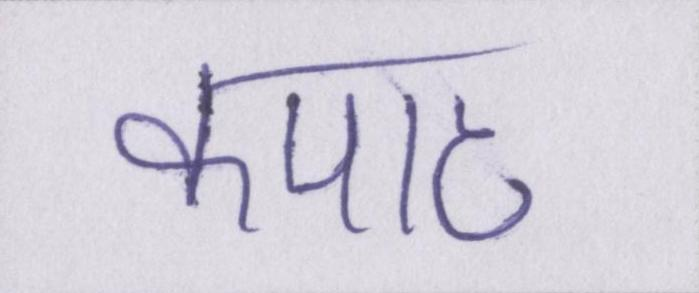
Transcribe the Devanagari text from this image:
कपाट